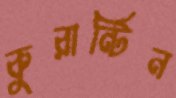
কুরান্টিন